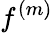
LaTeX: f^{(m)}